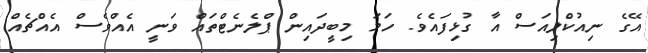
އޭގެ ނިއުކްލިއަސް އާ ގުޅިފައެވެ. ހަމަ މިބީދައިން ޕްލެނެޓްތައް ވަނީ އެއްވެސް އެއްޗެއް